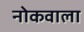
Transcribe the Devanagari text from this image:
नोकवाला